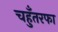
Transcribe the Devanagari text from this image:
चहुँतरफा